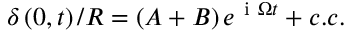
\delta \left( 0 , t \right) / R = \left( A + B \right) e ^ { \mathrm { ~ i ~ } \Omega t } + c . c .